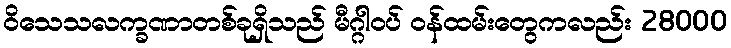
ဝိသေသလက္ခဏာတစ်ခုရှိသည် မီဂ္ဂါဝပ် ဝန်ထမ်းတွေကလည်း 28000